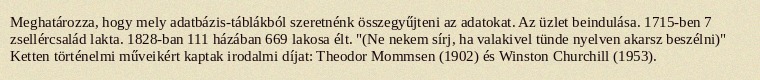
Meghatározza, hogy mely adatbázis-táblákból szeretnénk összegyűjteni az adatokat. Az üzlet beindulása. 1715-ben 7 zsellércsalád lakta. 1828-ban 111 házában 669 lakosa élt. "(Ne nekem sírj, ha valakivel tünde nyelven akarsz beszélni)" Ketten történelmi műveikért kaptak irodalmi díjat: Theodor Mommsen (1902) és Winston Churchill (1953).